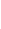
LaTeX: \! \! \! \! \! \! \! \! \! \! \! \alpha\! \! \! \! \! \! \! \! \! \! \! \! _{\! }\! \! \! \! \! \! \! \! \! \! \! 2\! \! \! \! \! \! \! \! \! \! \! \! =\! \! \! \! \! \! \! \! \! \! \! \! \alpha\! \! \! \! \! \! \! \! \! \! \! \! (r\! \! \! \! \! \! \! \! \! \! \! \! ,\! \! \! \! \! \! \! \! \! \! \! \! 0\! \! \! \! \! \! \! \! \! \! \! \! )\! \! \! \! \! \! \! \! \! \! \! \! ,\! \! \! \! \! \! \! \! \! \! \! \! \! \! \! \! \! \! \! \! \! \! \! \! ~\! \! \! \! \! \! \! \! \! \! \! \! ~\! \! \! \! \! \! \! \! \! \! \! \! \! \! \! \! \! \! \! \! \! \! \! \! \beta\! \! \! \! \! \! \! \! \! \! \! \! _{\! }\! \! \! \! \! \! \! \! \! \! \! 2\! \! \! \! \! \! \! \! \! \! \! \! =\! \! \! \! \! \! \! \! \! \! \! \! \beta\! \! \! \! \! \! \! \! \! \! \! \! (r\! \! \! \! \! \! \! \! \! \! \! \! ,\! \! \! \! \! \! \! \! \! \! \! \! 0\! \! \! \! \! \! \! \! \! \! \! \! )\! \! \! \! \! \! \! \! \! \! \! \! ,\! \! \! \! \! \! \! \! \! \! \! \! \! \! \! \! \! \! \! \! \! \! \! \! ~\! \! \! \! \! \! \! \! \! \! \! \! ~\! \! \! \! \! \! \! \! \! \! \! \! \! \! \! \! \! \! \! \! \! \! \! \! \psi\! \! \! \! \! \! \! \! \! \! \! \! _{\! }\! \! \! \! \! \! \! \! \! \! \! 2\! \! \! \! \! \! \! \! \! \! \! \! =\! \! \! \! \! \! \! \! \! \! \! \! \psi\! \! \! \! \! \! \! \! \! \! \! \! (r\! \! \! \! \! \! \! \! \! \! \! \! ,\! \! \! \! \! \! \! \! \! \! \! \! 0\! \! \! \! \! \! \! \! \! \! \! \! )\! \! \! \! \! \! \! \! \! \! \!